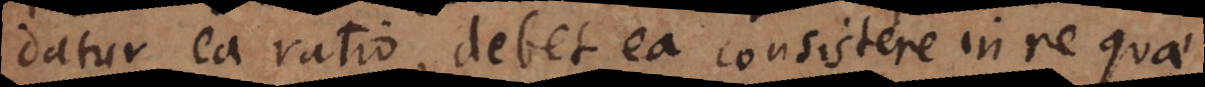
datur ea ratio, debet ea consistere in re quae